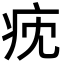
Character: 㽸